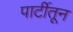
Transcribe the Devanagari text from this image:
पार्टीतून